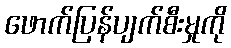
ဖောက်ပြန်ပျက်စီးမှုကို